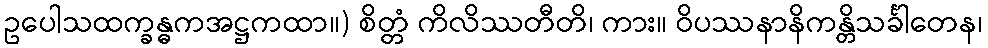
ဥပေါသထက္ခန္ဓကအဋ္ဌကထာ။) စိတ္တံ ကိလိဿတီတိ၊ ကား။ ဝိပဿနာနိကန္တိသင်္ခါတေန၊